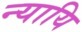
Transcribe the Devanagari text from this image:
न्यायि